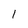
Character: 1